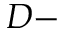
D -